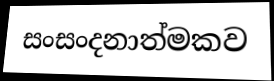
සංසංදනාත්මකව